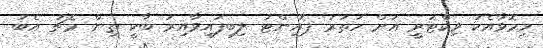
މިމޮޅާއެކު ވިކްޓަރީ އަށް ހަތަރު ޕޮއިންޓު ލިބިފައިވާއިރު ބާކީ ތިން މެޗު އެބަ